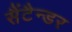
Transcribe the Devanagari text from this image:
सैंटैन्डर